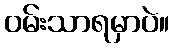
ဝမ်းသာရမှာပဲ။